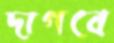
দাগবে